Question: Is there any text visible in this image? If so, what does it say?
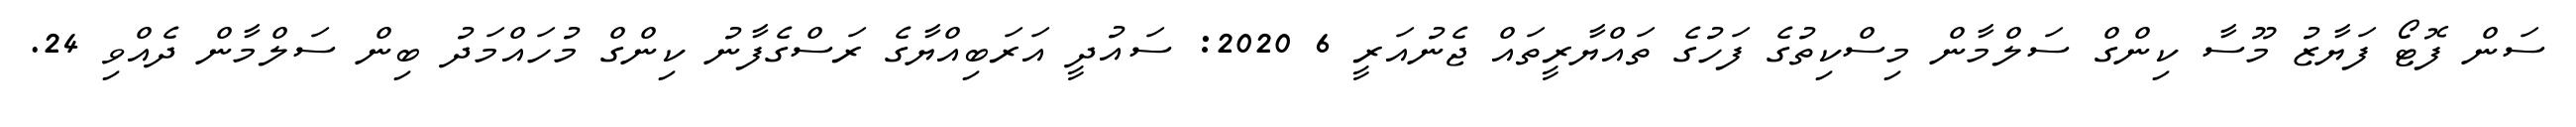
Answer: ސަން ފޮޓޯ ފަޔާޒު މޫސާ ކިންގް ސަލްމާން މިސްކިތުގެ ފަހުގެ ތައްޔާރީތައް ޖެނުއަރީ 6 2020: ސައުދީ އަރަބިއްޔާގެ ރަސްގެފާނު ކިންގް މުހައްމަދު ބިން ސަލްމާން ދެއްވި 24.